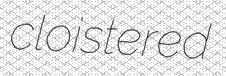
cloistered